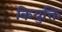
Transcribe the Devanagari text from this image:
कियुक्ति